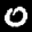
Label: 0